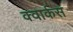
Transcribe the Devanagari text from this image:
क्वार्कस